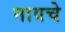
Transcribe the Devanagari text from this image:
नावचे